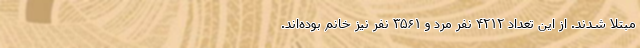
مبتلا شدند. از این تعداد ۴۲۱۲ نفر مرد و ۳۵۶۱ نفر نیز خانم بوده‌اند.